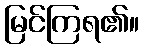
မြင်ကြရ၏။